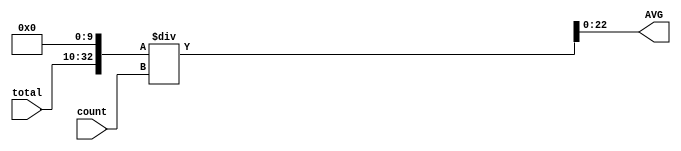
`timescale 1ns/10ps
module divider(AVG,total,count);

input[14:0] count;
input[22:0] total;

output[22:0] AVG;

wire[32:0] avg_pre=((total<<10)/count);

assign AVG=avg_pre[22:0];

endmodule